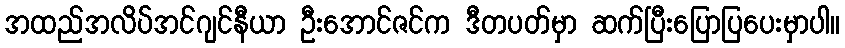
အထည်အလိပ်အင်ဂျင်နီယာ ဦးအောင်ဇင်က ဒီတပတ်မှာ ဆက်ပြီးပြောပြပေးမှာပါ။